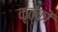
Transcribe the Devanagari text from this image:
कृतंकों